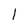
Character: l